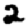
Digit: 2